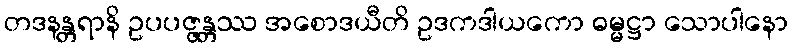
တဒနန္တရာနိ ဥပပဇ္ဇန္တဿ အစောဒယီတိ ဥဒကဒါယကော ဓမ္မဋ္ဌာ သောပါနော